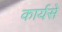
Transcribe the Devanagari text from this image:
कार्यसे